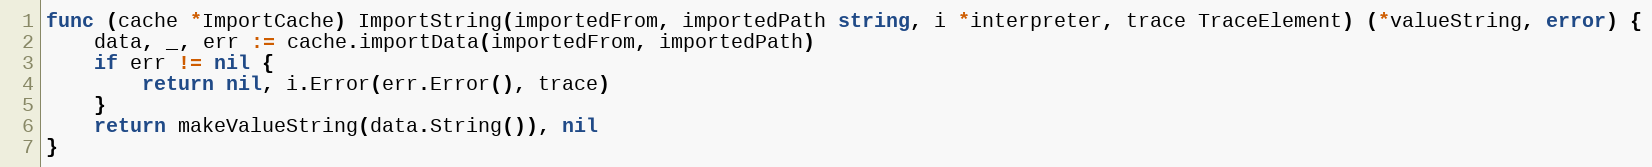
Language: Go
func (cache *ImportCache) ImportString(importedFrom, importedPath string, i *interpreter, trace TraceElement) (*valueString, error) {
	data, _, err := cache.importData(importedFrom, importedPath)
	if err != nil {
		return nil, i.Error(err.Error(), trace)
	}
	return makeValueString(data.String()), nil
}